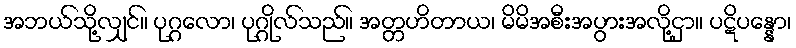
အဘယ်သို့လျှင်။ ပုဂ္ဂလော၊ ပုဂ္ဂိုလ်သည်။ အတ္တဟိတာယ၊ မိမိအစီးအပွားအလို့ငှာ။ ပဋိပန္နော၊